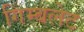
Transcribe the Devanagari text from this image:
गिम्बलेट